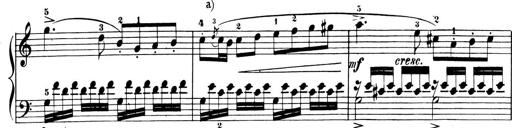
Title: 6 Piano Sonatinas
Composer: Cornelius Gurlitt